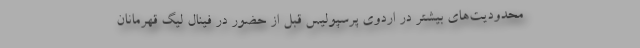
محدودیت‌های بیشتر در اردوی پرسپولیس قبل از حضور در فینال لیگ قهرمانان